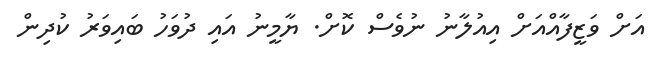
އަށް ވަޒީފާއްއަށް އިއުލާނު ނުވެސް ކޮށް. ޔާމީނު އައި ދުވަހު ބައިވަރު ކުދިން